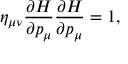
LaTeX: \eta _ { \mu \nu } \frac { \partial { \cal H } } { \partial p _ { \mu } } \frac { \partial { \cal H } } { \partial p _ { \mu } } = 1 ,